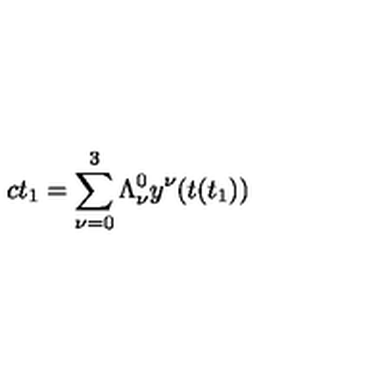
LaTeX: c t _ { 1 } = \sum _ { \nu = 0 } ^ { 3 } \Lambda _ { \nu } ^ { 0 } y ^ { \nu } ( t ( t _ { 1 } ) )